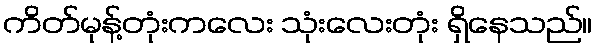
ကိတ်မုန့်တုံးကလေး သုံးလေးတုံး ရှိနေသည်။